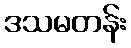
ဒသမတန်း